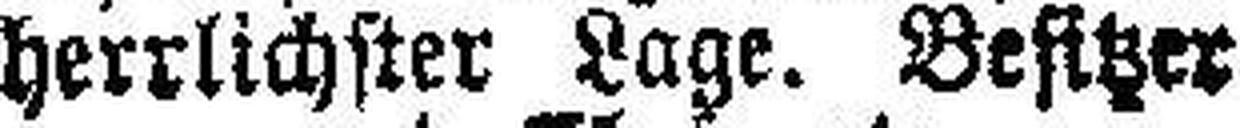
herrlichster Lage. Besitzer